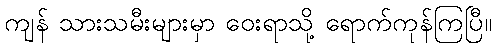
ကျန် သားသမီးများမှာ ဝေးရာသို့ ရောက်ကုန်ကြပြီ။